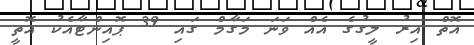
އޮތް އިރު ލީގުގެ އެއް ވަނަ މަގާމް ގައި 39 ޕޮއިންޓާއެކު އޮތީ